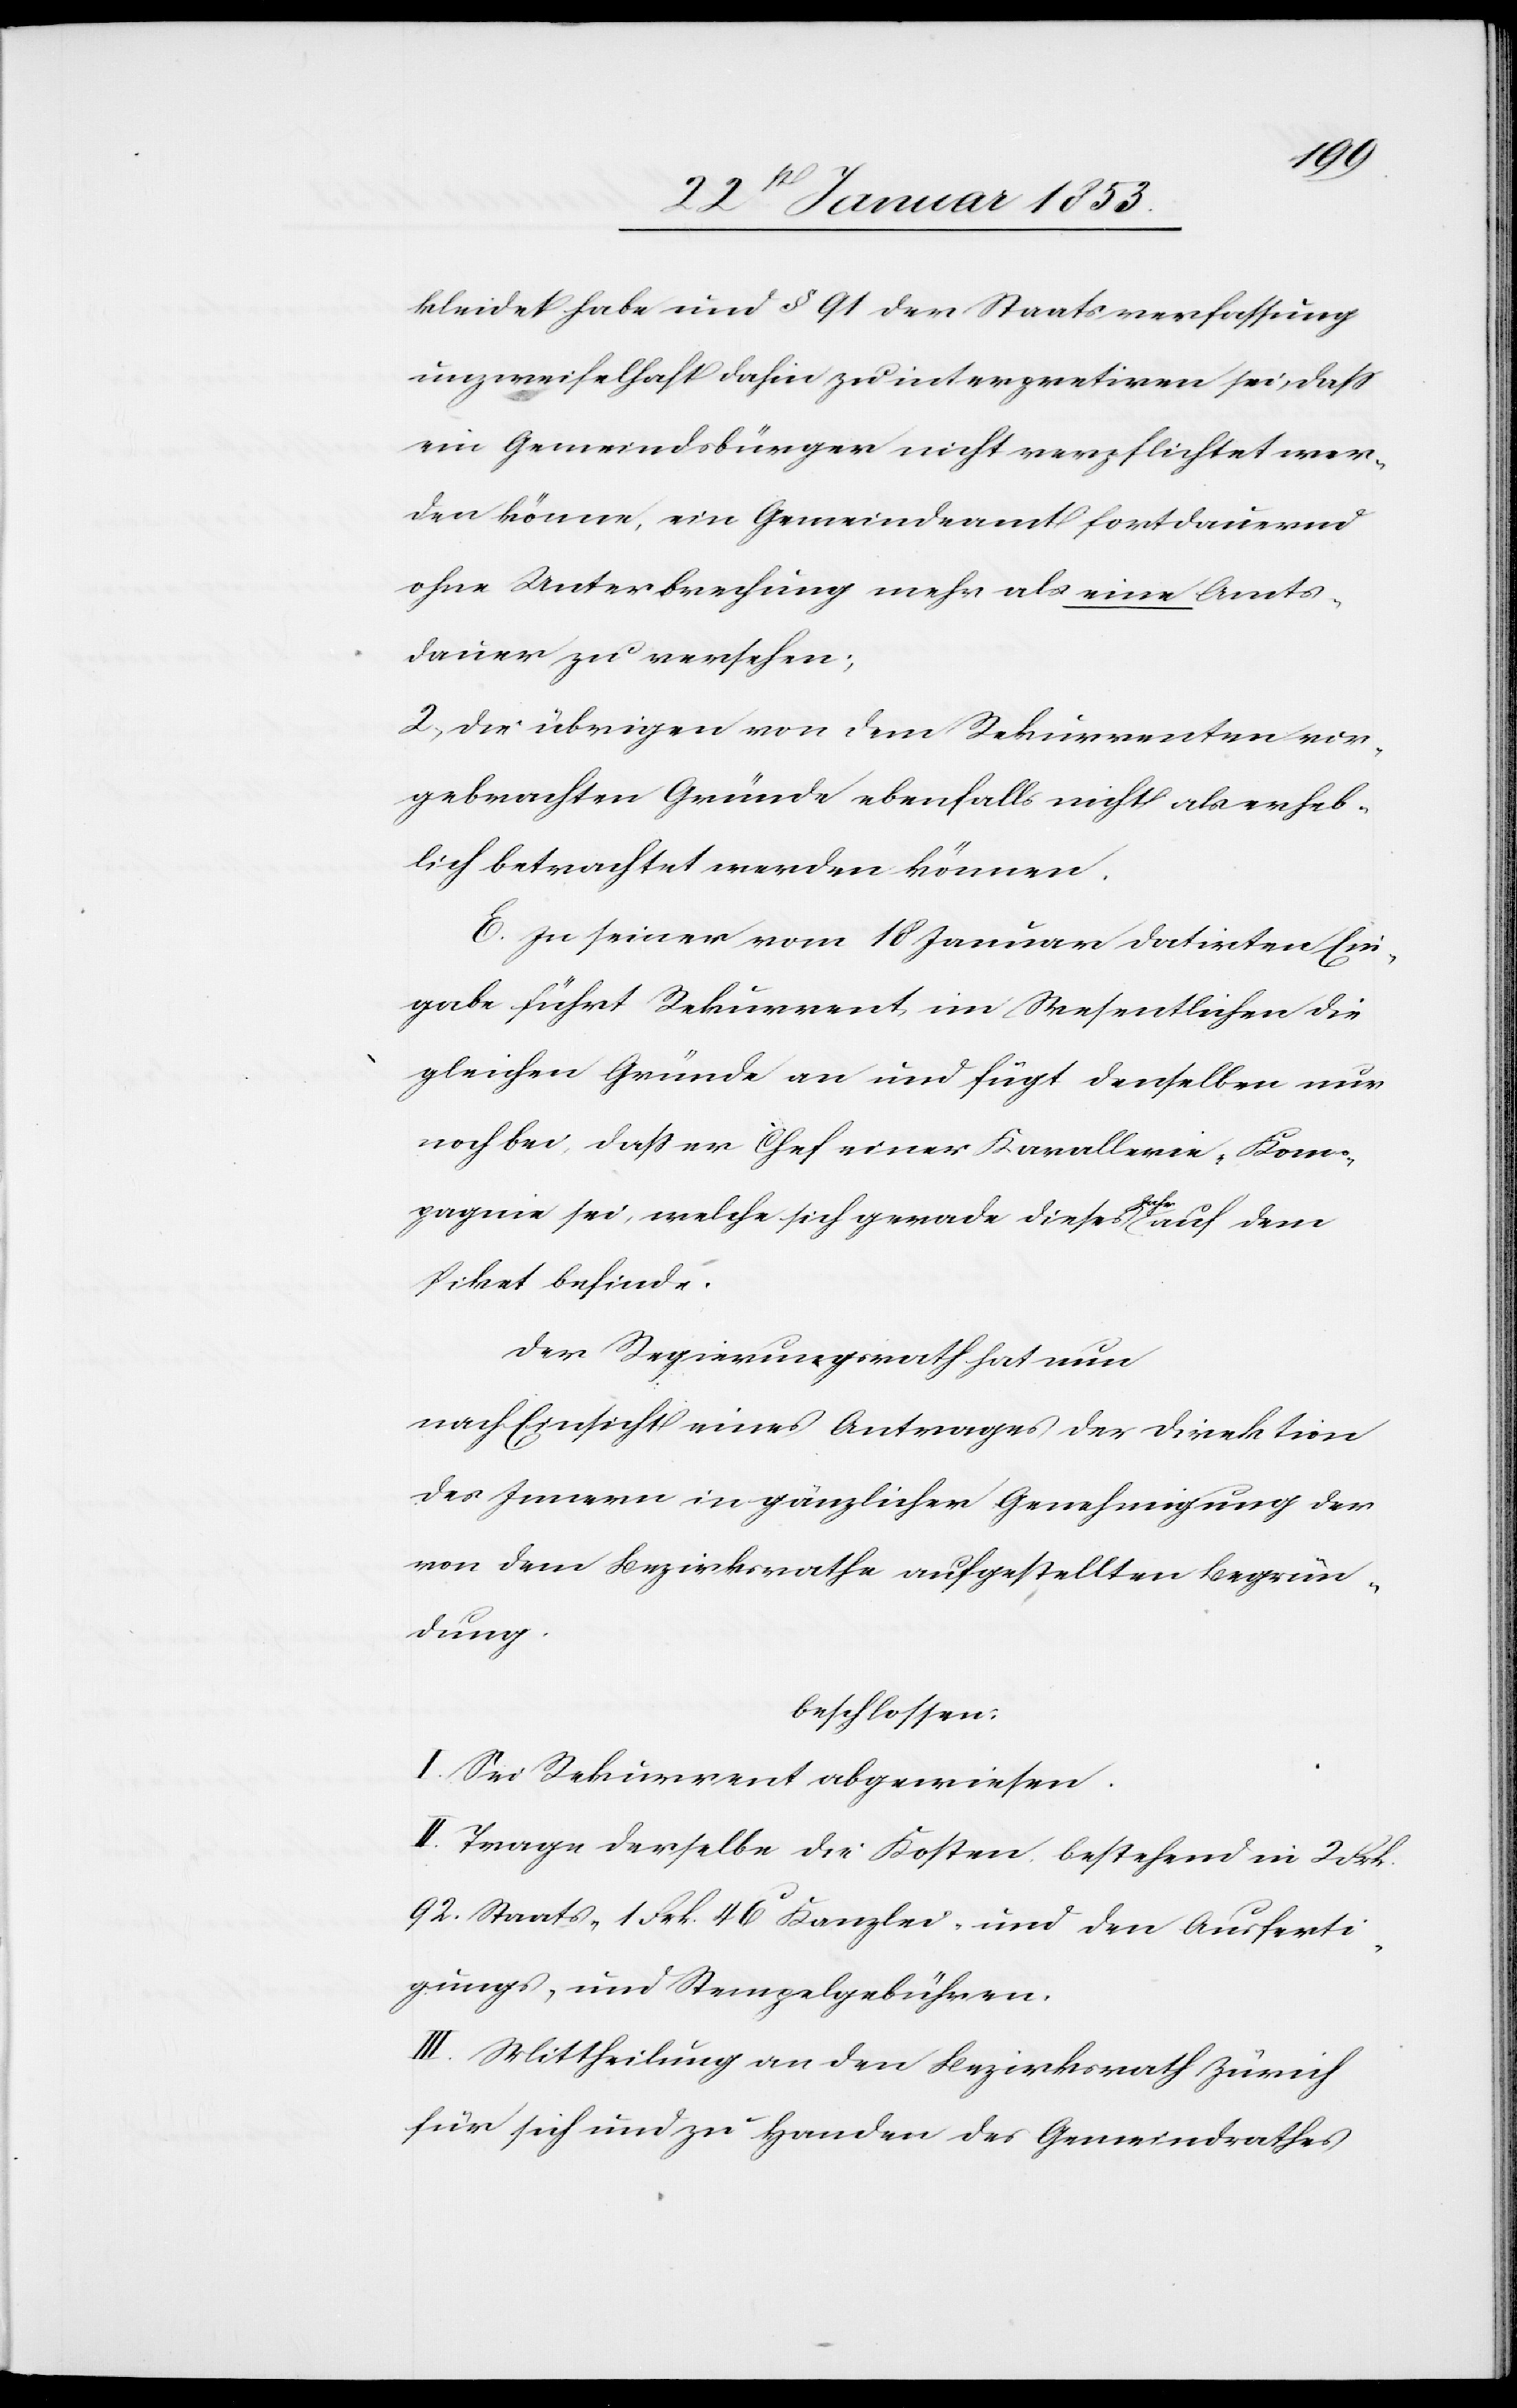
kleidet habe und §. 91 der Staatsverfassung
unzweifelhaft dahin zu interpretiren sei, daß
ein Gemeindsbürger nicht verpflichtet wer¬
den könne, ein Gemeindamt fortdauernd
ohne Unterbrechung mehr als eine Amts¬
dauer zu versehen;
2, die übrigen von dem Rekurrenten vor¬
gebrachten Gründe ebenfalls nicht als erheb¬
lich betrachtet werden können.
E. In seiner vom 18 Januar datirten Ein¬
gabe führt Rekurrent im Wesentlichen die
gleichen Gründe an und fügt denselben nun
noch bei, daß er Chef einer Kavallerie-Kom¬
pagnie sei, welche sich gerade dieses Jahr auf dem
Piket befinde.
Der Regierungsrath hat nun
nach Einsicht eines Antrages der Direktion
des Innern in gänzlicher Genehmigung der
von dem Bezirksrathe aufgestellten Begrün¬
dung.
beschlossen:
I. Sei Rekurrent abgewiesen.
II. Trage derselbe die Kosten bestehend in 2 Fr¬
k. Staats-, 1. Frk. 46 Kanzlei- und den Ausferti¬
gungs- und Stempelgebühren.
III. Mittheilung an den Bezirksrath Zürich
für sich und zu Handen des Gemeindrathes